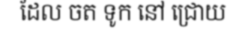
ដែល ចត ទូក នៅ ជ្រោយ